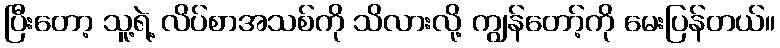
ပြီးတော့ သူ့ရဲ့ လိပ်စာအသစ်ကို သိလားလို့ ကျွန်တော့်ကို မေးပြန်တယ်။